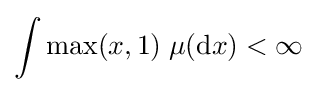
\int \max(x,1)\;\mu (\mathrm {d} x)<\infty